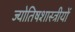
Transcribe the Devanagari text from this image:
ज्योतिषशास्त्रीयों